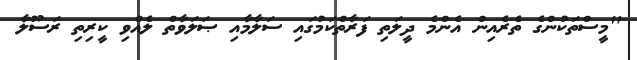
"މީސްތަކުންގެ ތެރެއިން އެންމެ ދީލަތި ފަރާތްކަމުގައި ސަލާމާއި ޞަލަވާތް ލެއްވި ކީރިތި ރަސޫލާ